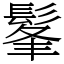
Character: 髼